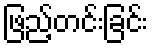
ဖြည့်တင်းခြင်း